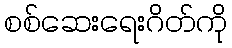
စစ်ဆေးရေးဂိတ်ကို